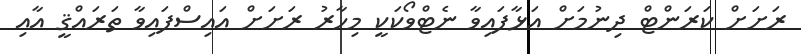
ރަށަށް ކަރަންޓް ދިނުމަށް އަޅާފައިވާ ނެޓްވޯކަކީ މިހާރު ރަށަށް އައިސްފައިވާ ތަރައްޤީ އާއި